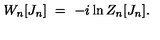
W _ { n } [ J _ { n } ] \ = \ - i \ln Z _ { n } [ J _ { n } ] . \,